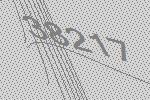
38217